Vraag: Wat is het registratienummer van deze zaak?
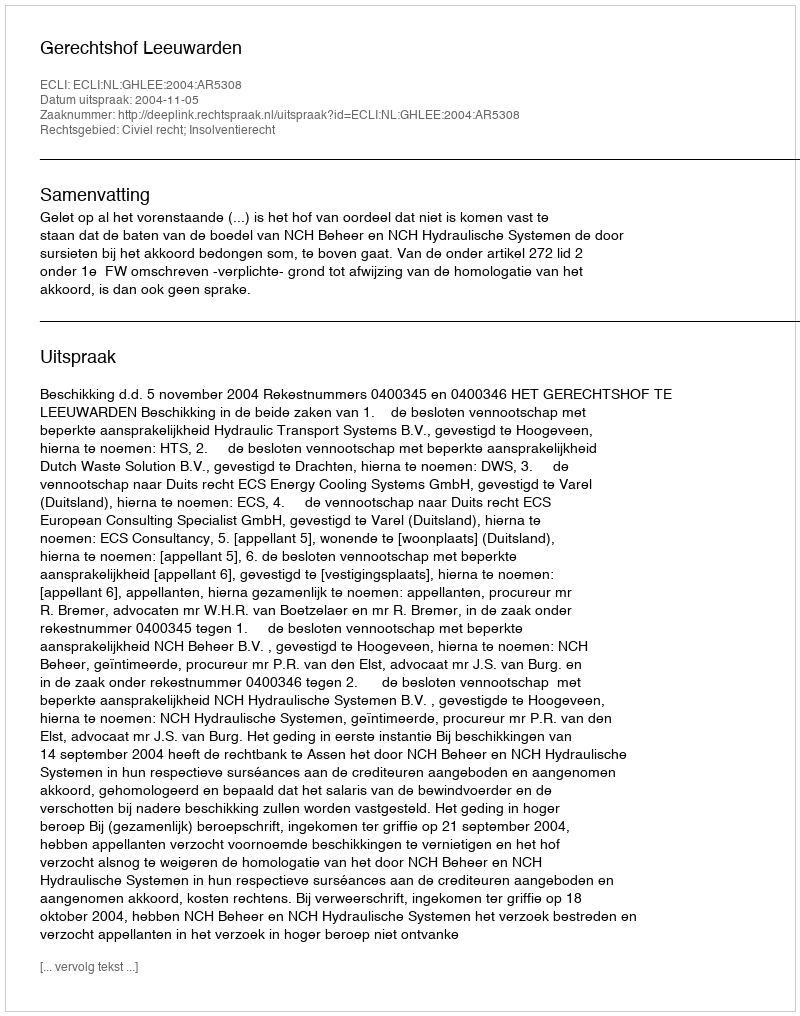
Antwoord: http://deeplink.rechtspraak.nl/uitspraak?id=ECLI:NL:GHLEE:2004:AR5308